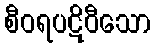
စီဝရပဋိဝီသော